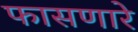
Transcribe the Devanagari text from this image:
फासणारे